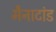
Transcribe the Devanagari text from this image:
मैनाटांड